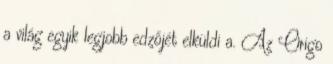
a világ egyik legjobb edzőjét elküldi a. Az Origo